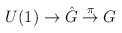
LaTeX: \begin{align*}U(1) \to \hat G \stackrel{\pi}{\to} G\end{align*}